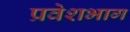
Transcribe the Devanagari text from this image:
प्रवेशभाग